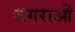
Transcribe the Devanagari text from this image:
जगराओं